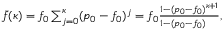
\begin{array} { r } { \bar { f } ( \kappa ) = f _ { 0 } \sum _ { j = 0 } ^ { \kappa } ( p _ { 0 } - f _ { 0 } ) ^ { j } = f _ { 0 } \frac { 1 - ( p _ { 0 } - f _ { 0 } ) ^ { \kappa + 1 } } { 1 - ( p _ { 0 } - f _ { 0 } ) \hfill } , } \end{array}